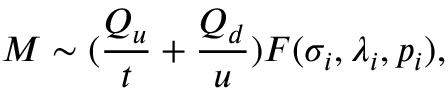
{ \cal M } \sim ( { \frac { Q _ { u } } { t } } + { \frac { Q _ { d } } { u } } ) F ( \sigma _ { i } , \lambda _ { i } , p _ { i } ) ,